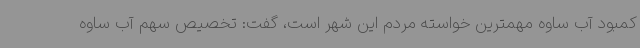
کمبود آب ساوه مهمترین خواسته مردم این شهر است، گفت: تخصیص سهم آب ساوه